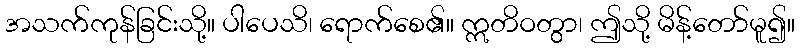
အသက်ကုန်ခြင်းသို့။ ပါပေသိ၊ ရောက်စေ၏။ ဣတိဝတွာ၊ ဤသို့ မိန့်တော်မူ၍။